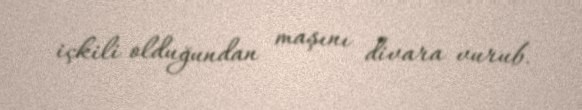
içkili olduğundan maşını divara vurub.